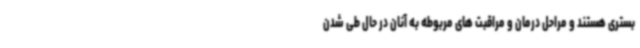
بستری هستند و مراحل درمان و مراقبت های مربوطه به آنان در حال طی شدن